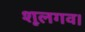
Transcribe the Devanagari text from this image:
शूलगव।